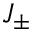
J _ { \pm }